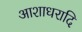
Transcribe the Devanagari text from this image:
आशाधरादि